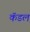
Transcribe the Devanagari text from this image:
कॅडल